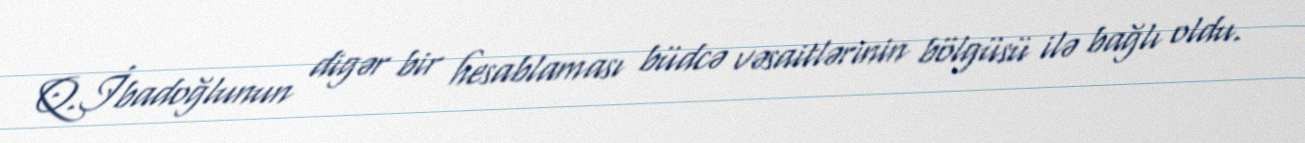
Q.İbadoğlunun digər bir hesablaması büdcə vəsaitlərinin bölgüsü ilə bağlı oldu.